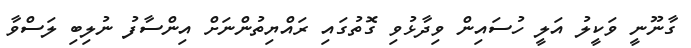
ގާނޫނީ ވަކީލު އަލީ ހުސައިން ވިދާޅުވި ގޮތުގައި ރައްޔިތުންނަށް އިންސާފު ނުލިބި ލަސްވާ